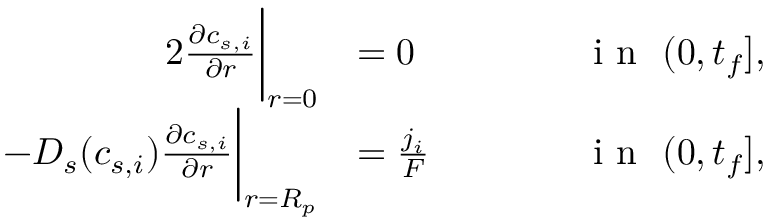
\begin{array} { r l r l } { { 2 } \frac { \partial c _ { s , i } } { \partial r } \bigg | _ { r = 0 } } & { = 0 } & { \qquad } & { \textrm { i n } \ ( 0 , t _ { f } ] , } \\ { - D _ { s } ( c _ { s , i } ) \frac { \partial c _ { s , i } } { \partial r } \bigg | _ { r = R _ { p } } } & { = \frac { j _ { i } } { F } } & & { \textrm { i n } \ ( 0 , t _ { f } ] , } \end{array}